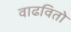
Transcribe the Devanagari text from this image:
वाढवितो